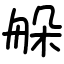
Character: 䑮